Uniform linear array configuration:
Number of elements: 24
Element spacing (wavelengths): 0.5
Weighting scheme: binomial
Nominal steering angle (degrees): -15
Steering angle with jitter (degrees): -13.519
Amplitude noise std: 0.05
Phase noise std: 0.05

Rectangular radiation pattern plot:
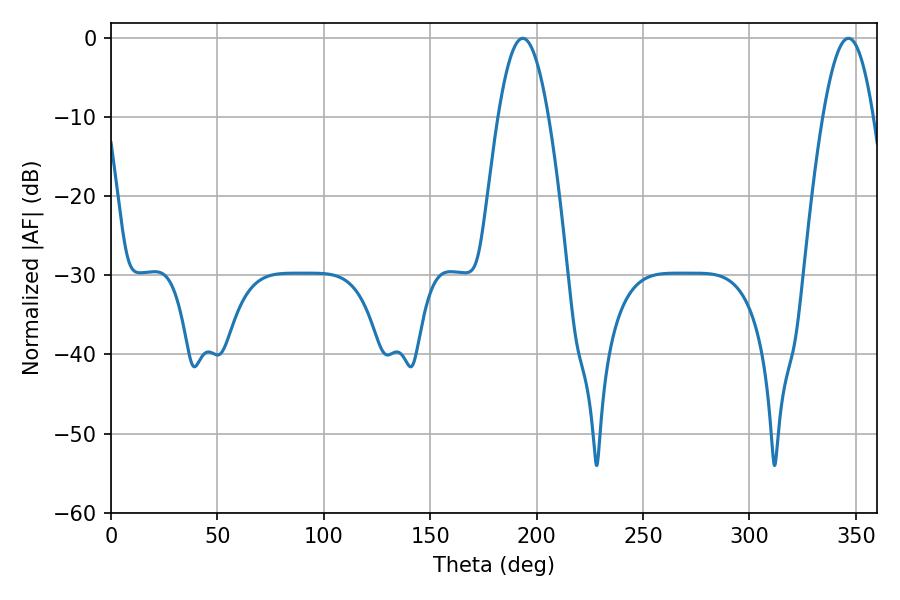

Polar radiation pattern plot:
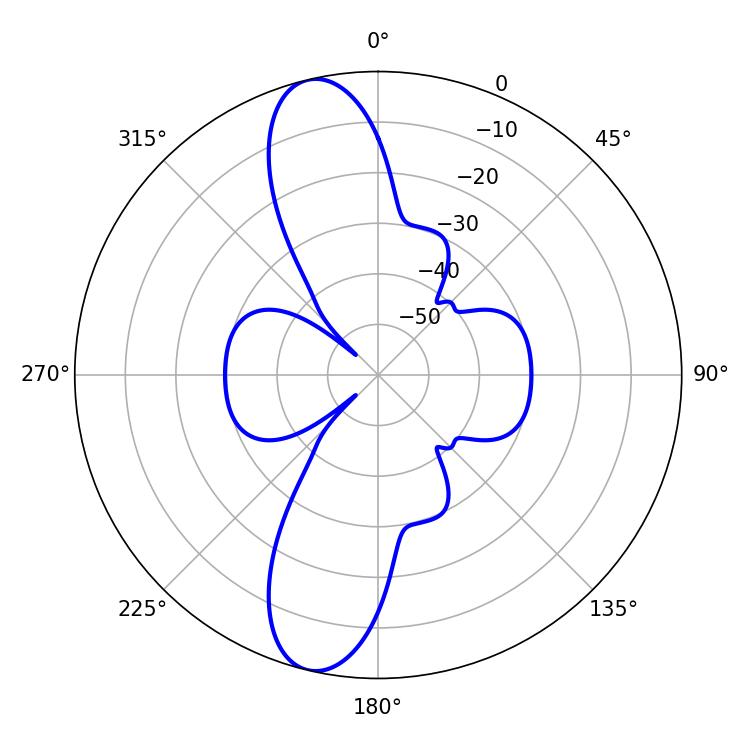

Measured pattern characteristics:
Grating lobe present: FALSE
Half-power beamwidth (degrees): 12.78
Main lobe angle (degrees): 193.5